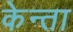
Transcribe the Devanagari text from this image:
केन्ता